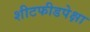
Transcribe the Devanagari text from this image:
शीटफीडपेक्षा